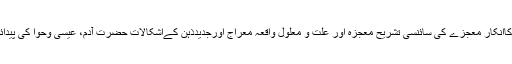
معجزہ سائنس کےخوف سے معجزات کاانکار معجزے کی سائنسی تشریح معجزہ اور علت و معلول واقعہ معراج اورجدیدذہن کےاشکالات حضرت آدمؑ، عیسیؑ وحواؑ کی پیدائش کس سائنسی اصول کے تحت ہوئی؟